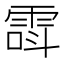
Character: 𲉸